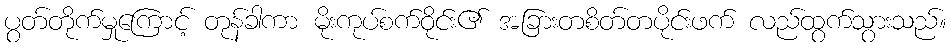
ပွတ်တိုက်မှုကြောင့် တုန်ခါကာ မိုးကုပ်စက်ဝိုင်း၏ အခြားတစိတ်တပိုင်းဖက် လည်ထွက်သွားသည်။